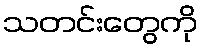
သတင်းတွေကို